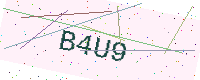
Text: B4U9